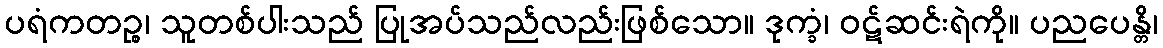
ပရံကတဉ္စ၊ သူတစ်ပါးသည် ပြုအပ်သည်လည်းဖြစ်သော။ ဒုက္ခံ၊ ဝဋ်ဆင်းရဲကို။ ပညပေန္တိ၊